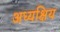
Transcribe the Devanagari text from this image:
अध्यक्षिय